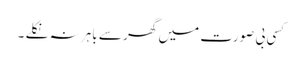
کسی بی صورت میں گھر سے باہر نہ نکلے ۔